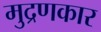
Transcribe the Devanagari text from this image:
मुद्रणकार